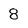
Character: 8